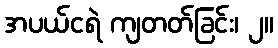
အပယ်ငရဲ ကျတတ်ခြင်း၊ ၂။